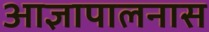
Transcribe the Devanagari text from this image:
आज्ञापालनास